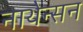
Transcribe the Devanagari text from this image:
नाथेन्सन